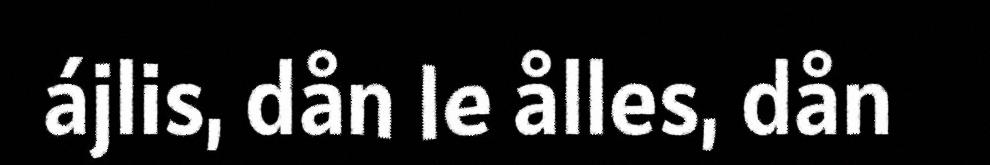
ájlis, dån le ålles, dån